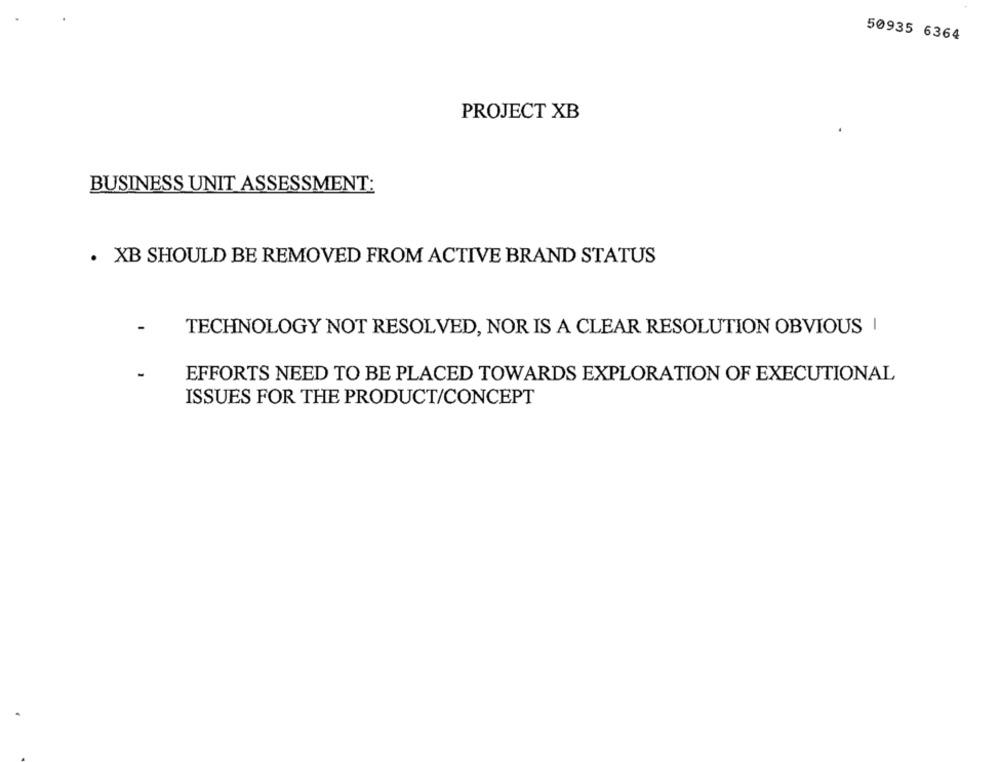
50935 6364
PROJECT XB
BUSINESS UNIT ASSESSMENT:
· XB SHOULD BE REMOVED FROM ACTIVE BRAND STATUS
TECHNOLOGY NOT RESOLVED, NOR IS A CLEAR RESOLUTION OBVIOUS |
EFFORTS NEED TO BE PLACED TOWARDS EXPLORATION OF EXECUTIONAL
ISSUES FOR THE PRODUCT/CONCEPT